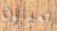
تعملون